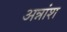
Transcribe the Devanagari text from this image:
अन्नांश